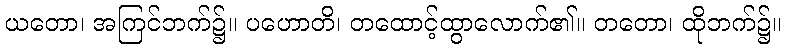
ယတော၊ အကြင်ဘက်၌။ ပဟောတိ၊ တထောင့်ထွာလောက်၏။ တတော၊ ထိုဘက်၌။